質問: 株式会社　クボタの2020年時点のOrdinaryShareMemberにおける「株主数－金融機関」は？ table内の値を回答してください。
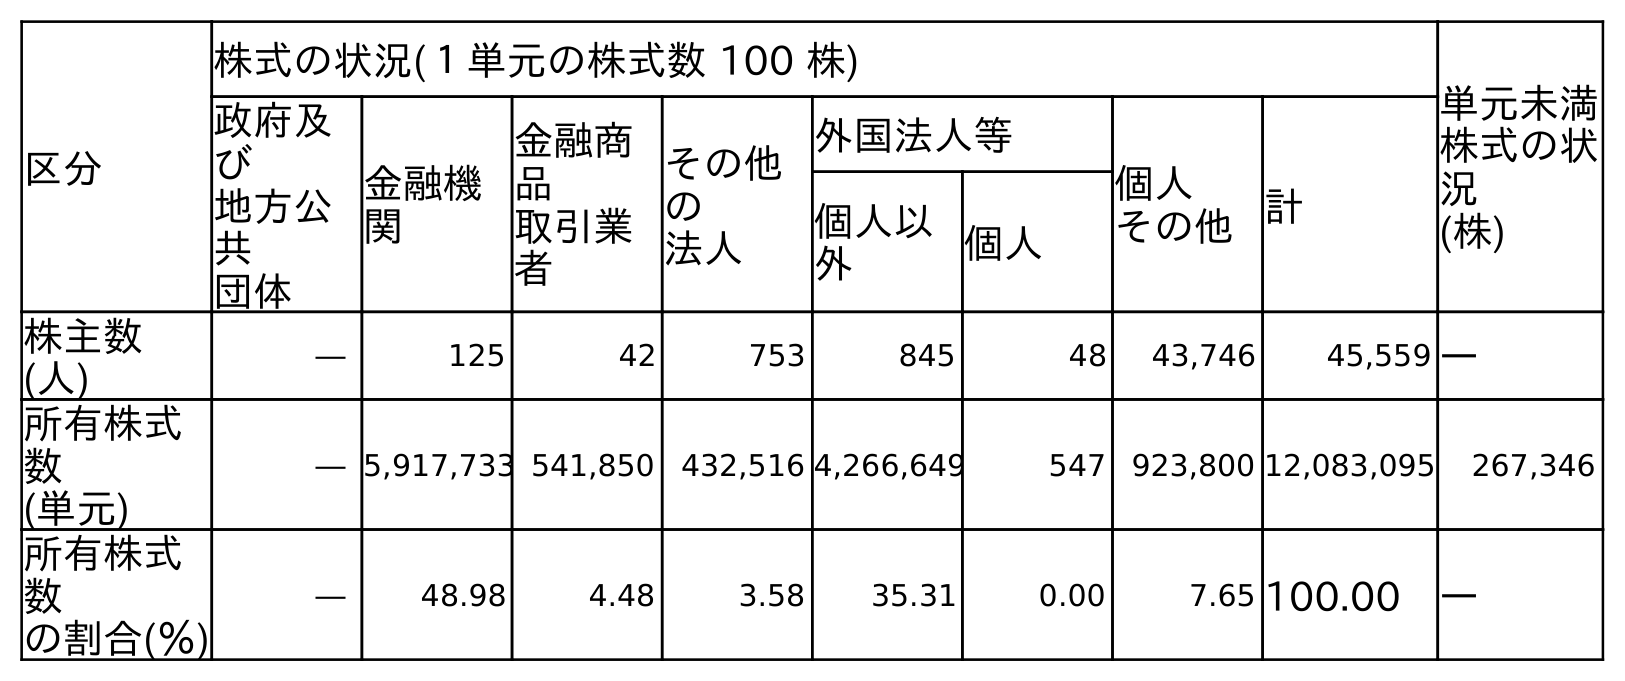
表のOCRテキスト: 区分 株式の状況(１単元の株式数 100 株) 単元未満 株式の状 況 (株) 政府及 び 地方公 共 団体 金融機 関 金融商 品 取引業 者 その他 の 法人 外国法人等 個人 その他計 個人以 外 個人 株主数 (人) ― 125 42 753 845 48 43,746 45,559 ― 所有株式 数 (単元) ― 5,917,733 541,850 432,516 4,266,649 547 923,800 12,083,095 267,346 所有株式 数 の割合(％) ― 48.98 4.48 3.58 35.31 0.00 7.65 100.00 ―
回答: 125